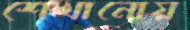
শেখানোয়